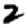
Digit: 2